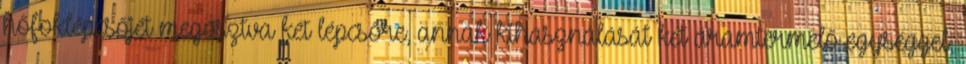
hőfoklépcsőjét megosztva két lépcsőre, annak kihasználását két áramtermelő egységgel,